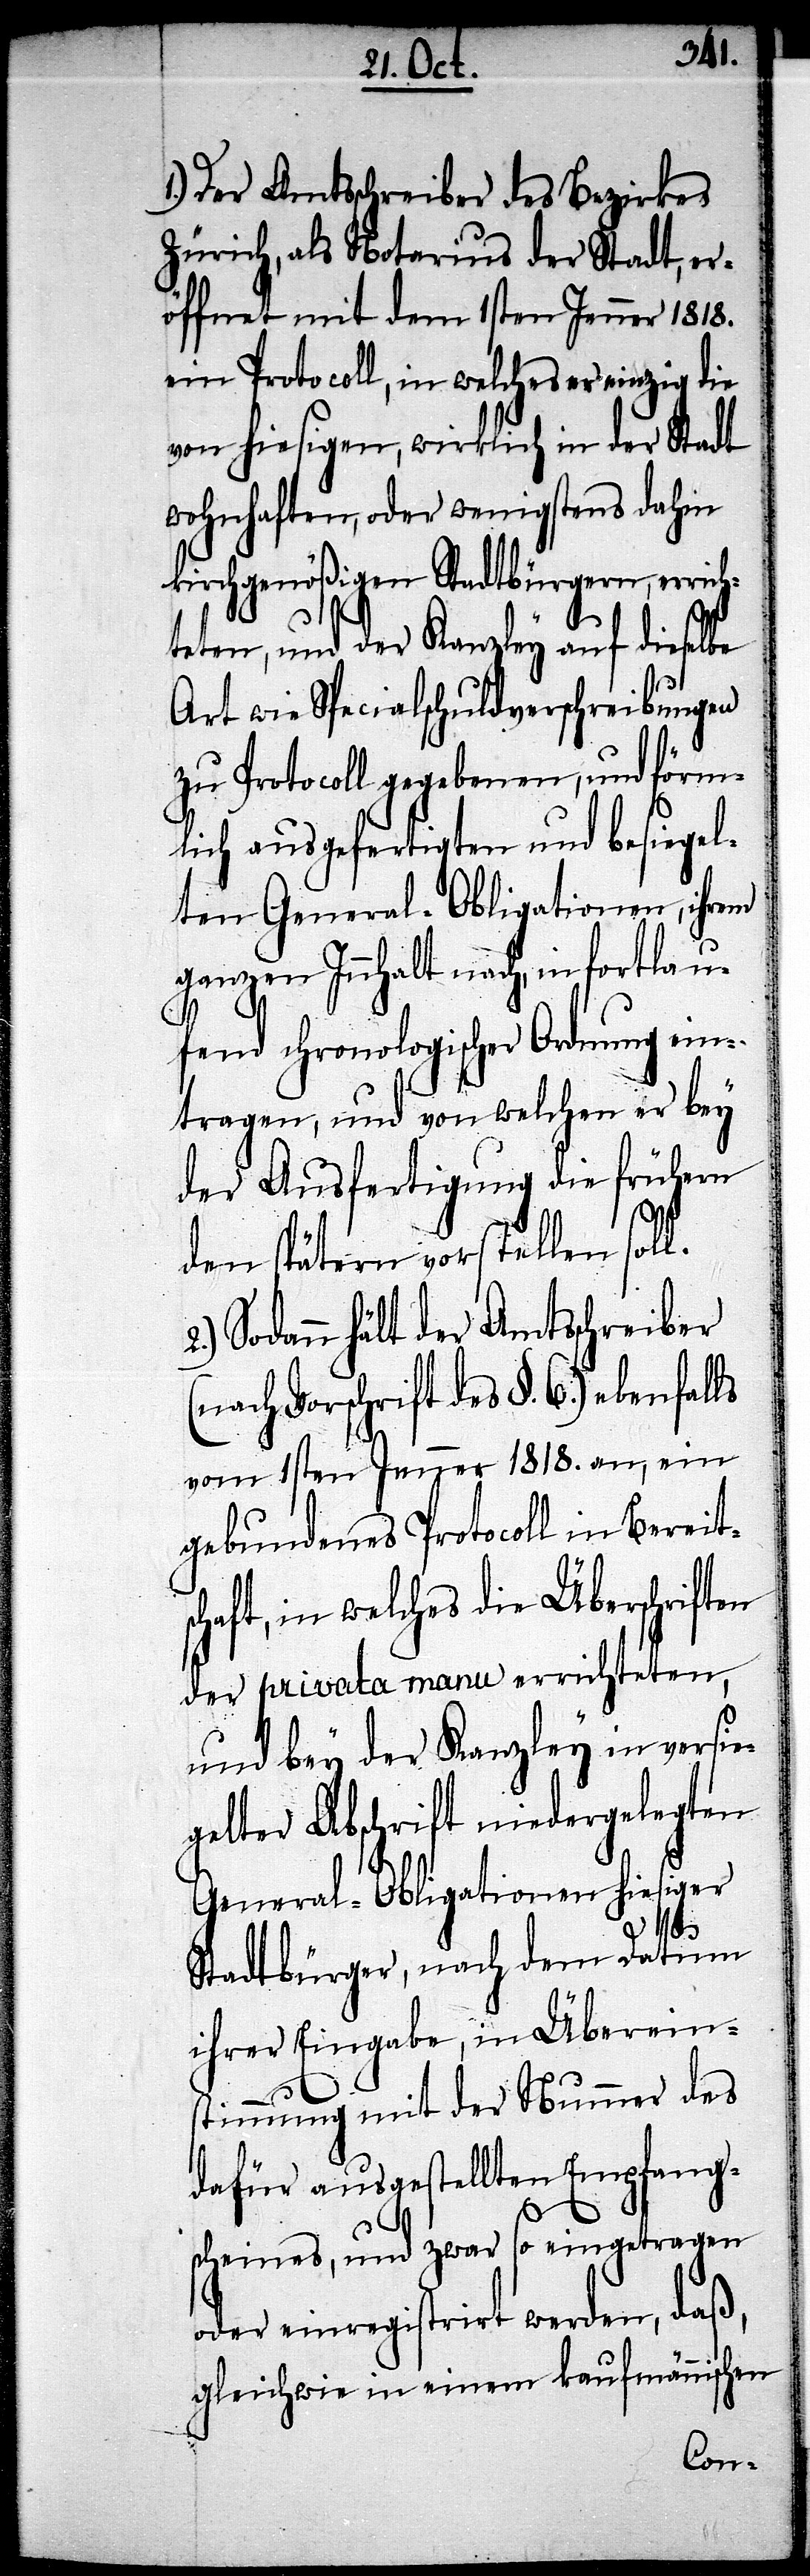
1.) Der Amtsschreiber des Bezirkes
Zürich, als Notarius der Stadt, er¬
öffnet mit dem 1sten Jenner 1818.
ein Protocoll, in welches er einzig die
von hiesigen, wirklich in der Stadt
wohnhaften, oder wenigstens dahin
kirchgenößigen Stadtbürgern, errich¬
teten, und der Kanzley auf dieselbe
Art wie Specialschuldverschreibungen
zu Protocoll gegeben, und förm¬
lich ausgefertigten und besiegel¬
ten General-Obligationen, ihrem
ganzen Innhalt nach, in fortlau¬
fend chronologischer Ordnung ein¬
tragen, und von welchen er bey
der Ausfertigung die frühern
den spätern vorstellen soll.
Sodann hält der Amtsschreiber
(nach Vorschrift des §. 6.) ebenfal¬
vom 1sten Jenner 1818. an, ein
gebundenes Protocoll in Bereit¬
schaft, in welches die Überschriften
der privata manu errichteten,
und bey der Kanzley in versie¬
gelter Abschrift niedergelegten
General-Obligationen hiesiger
ls
Stadtbürger, nach dem Datum
ihrer Eingabe, in Überein¬
stimmung mit der Nummer des
dafür ausgestellten Empfang¬
scheines, und zwar so eingetragen
oder einregistrirt werden, daß,
gleichwie in einem kaufmännischen